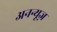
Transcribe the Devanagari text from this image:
अनन्यूज़